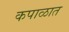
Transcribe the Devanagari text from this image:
कपाळात